Report of the Imperial Institute of Veterinary Research, Muktesar
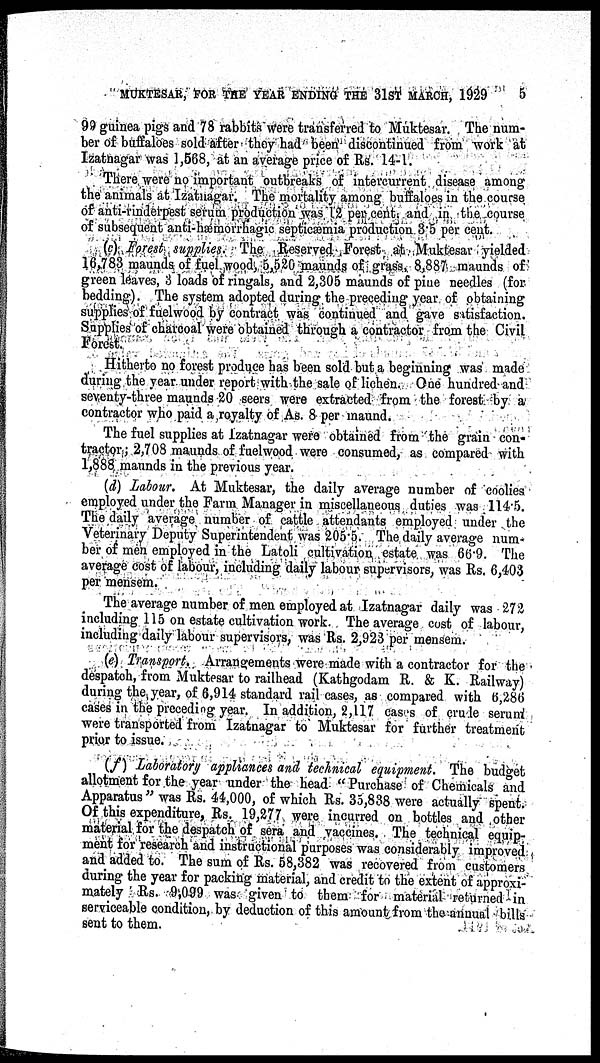
MUKTESAR, FOR THE YEAR ENDING THE 31ST MARCH, 1929
5
99 guinea pigs and 78 rabbits were transferred to Muktesar. The num-
ber of buffaloes sold after they had been discontinued from work at
Izatnagar was 1,568, at an average price of Rs. 14-1.
There were no important outbreaks of intercurrent disease among
the animals at Izatnagar. The mortality among buffaloes in the course
of anti-rinderpest serum production was 12 per cent. and in the course
of subsequent anti-hæmorrhagic septicæmia production 3.5 per cent.
(c) Forest supplies. The Reserved Forest at Muktesar yielded
16,783 maunds of fuel wood, 5,520 maunds of grass, 8,887 maunds of
green leaves, 3 loads of ringals, and 2,305 maunds of pine needles (for
bedding). The system adopted during the preceding year of obtaining
supplies of fuelwood by contract was continued and gave satisfaction.
Supplies of charcoal were obtained through a contractor from the Civil
Forest.
Hitherto no forest produce has been sold but a beginning was made
during the year under report with the sale of lichen. One hundred and
seventy-three maunds 20 seers were extracted from the forest by a
contractor who paid a royalty of As. 8 per maund.
The fuel supplies at Izatnagar were obtained from the grain con-
tractor; 2,708 maunds of fuelwood were consumed, as compared with
1,888 maunds in the previous year.
(d) Labour. At Muktesar, the daily average number of coolies
employed under the Farm Manager in miscellaneous duties was 114.5.
The daily average number of cattle attendants employed under the
Veterinary Deputy Superintendent was 205.5. The daily average num¬
ber of men employed in the Latoli cultivation estate was 66.9. The
average cost of labour, including daily labour supervisors, was Rs. 6,403
per mensem.
The average number of men employed at Izatnagar daily was 272
including 115 on estate cultivation work. The average cost of labour,
including daily labour supervisors, was Rs. 2,923 per mensem.
(e) Transport. Arrangements were made with a contractor for the
despatch, from Muktesar to railhead (Kathgodam R. & K. Railway)
during the year, of 6,914 standard rail cases, as compared with 6,286
cases in the preceding year. In addition, 2,117 cases of crude serum
were transported from Izatnagar to Muktesar for further treatment
prior to issue.
(f) Laboratory appliances and technical equipment. The budget
allotment for the year under the head " Purchase of Chemicals and
Apparatus " was Rs. 44,000, of which Rs. 35,838 were actually spent.
Of this expenditure, Rs. 19,277 were incurred on bottles and other
material for the despatch of sera and vaccines. The technical equip-
ment for research and instructional purposes was considerably improved
and added to. The sum of Rs. 58,382 was recovered from customers
during the year for packing material, and credit to the extent of approxi-
mately Rs. 9,099 was given to them for material returned in
serviceable condition, by deduction of this amount from the annual bills
sent to them.